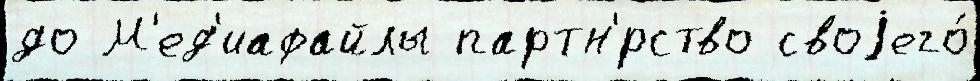
до М'ед'иафайлы партн'́рство своjего́